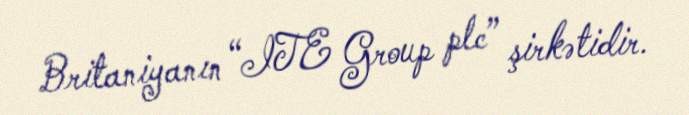
Britaniyanın “ITE Group plc” şirkətidir.